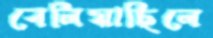
বেলিয়াছিলে